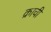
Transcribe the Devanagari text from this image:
क्राची